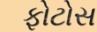
ફોટોસ